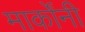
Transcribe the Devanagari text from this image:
मार्कोंनी